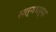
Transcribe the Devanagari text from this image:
सत्यधर्मा